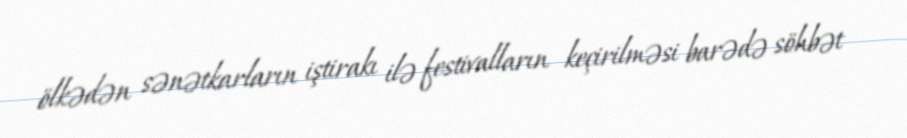
ölkədən sənətkarların iştirakı ilə festivalların keçirilməsi barədə söhbət